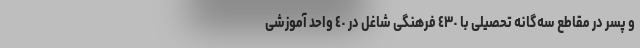
و پسر در مقاطع سه‌گانه تحصیلی با ٤٣٠ فرهنگی شاغل در ٤٠ واحد آموزشی